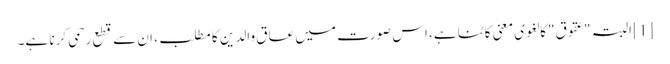
[1] البتہ "عقوق" کا لغوی معنی کاٹنا ہے، اس صورت میں عاق والدین کا مطلب، ان سے قطع رحمی کرنا ہے۔